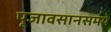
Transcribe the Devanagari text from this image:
पूजावसानसमये